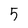
Character: 5